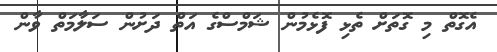
އެގޮތް މި ގޮތަށް ތެޅި ފޮޅެމުން ޝަމްސްގެ އަތް ދަށުން ސަލާމަތް ވާން